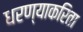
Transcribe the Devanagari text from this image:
धरण्याकरिता